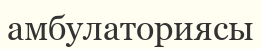
амбулаториясы